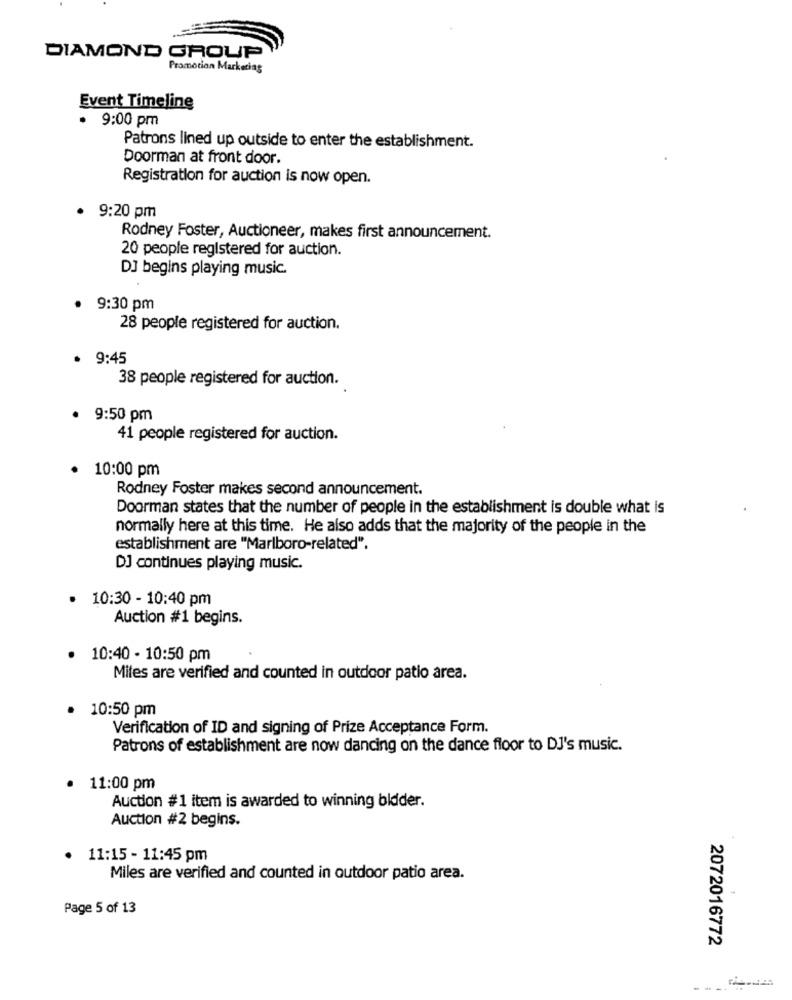
DIAMOND GROUP
Promotion Marketing
Event Timeline
· 9:00 pm
Patrons lined up outside to enter the establishment.
Doorman at front door.
Registration for auction is now open.
· 9:20 pm
Rodney Foster, Auctioneer, makes first announcement.
20 people registered for auction.
DJ begins playing music.
9:30 pm
28 people registered for auction.
9:45
38 people registered for auction.
9:50 pm
41 people registered for auction.
· 10:00 pm
Rodney Foster makes second announcement.
Doorman states that the number of people in the establishment is double what is
normally here at this time. He also adds that the majority of the people in the
establishment are "Marlboro-related".
DJ continues playing music.
.
10:30 - 10:40 pm
Auction #1 begins.
· 10:40 - 10:50 pm
Miles are verified and counted in outdoor patio area.
10:50 pm
Verification of ID and signing of Prize Acceptance Form.
Patrons of establishment are now dancing on the dance floor to DJ's music.
11:00 pm
Auction #1 item is awarded to winning bidder.
Auction #2 begins.
11:15 - 11:45 pm
Miles are verified and counted in outdoor patio area.
Page 5 of 13
2072016772